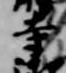
寺